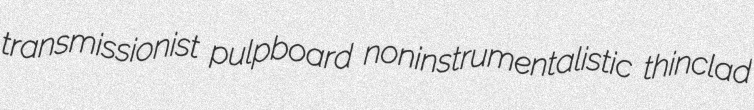
transmissionist pulpboard noninstrumentalistic thinclad